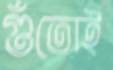
গুঁতোই